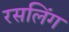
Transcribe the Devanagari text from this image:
रसलिंग